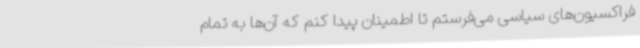
فراکسیون‌های سیاسی می‌فرستم تا اطمینان پیدا کنم که آن‌ها به تمام